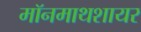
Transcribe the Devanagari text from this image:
मॉनमाथशायर